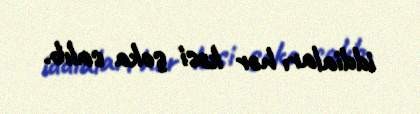
iddiaları hər kəsi şoka salıb.